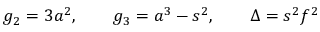
g _ { 2 } = 3 a ^ { 2 } , \qquad g _ { 3 } = a ^ { 3 } - s ^ { 2 } , \qquad \Delta = s ^ { 2 } f ^ { 2 }